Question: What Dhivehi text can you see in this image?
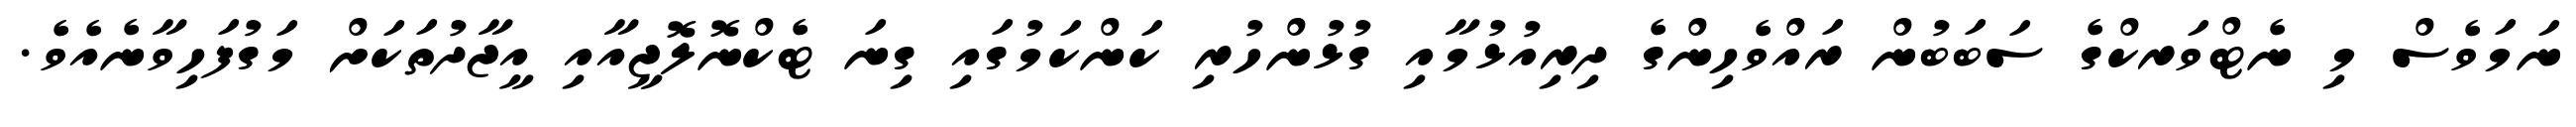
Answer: ނަމަވެސް މި ނެޓްވަރކްގެ ސަބަބުން ރައްވެހިންގެ ދިރިއުޅުމާއި ގުޅުންހުރި ކަންކަމުގައި ގިނަ ޓެކްނޮލޮޖީއާއި އީޖާދުތަކަށް މަގުފަހިވާނެއެވެ.